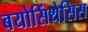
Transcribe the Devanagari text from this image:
बयोसिंथेसिस